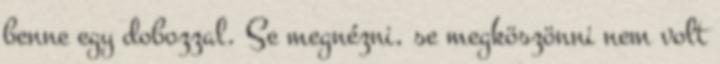
benne egy dobozzal. Se megnézni, se megköszönni nem volt